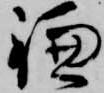
鎌